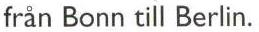
från Bonn till Berlin.